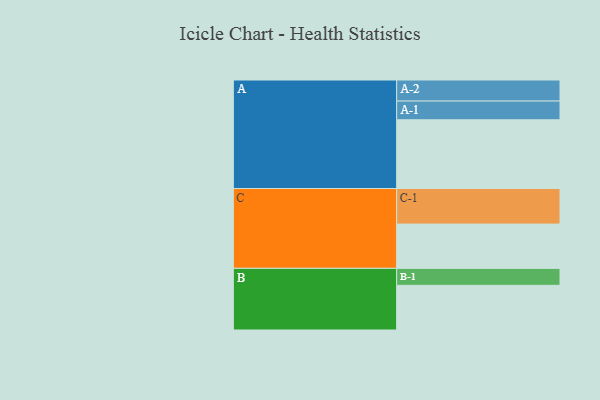
{"axis": {"x": "Segment", "y": "Value"}, "legend": ["", "A", "B", "C"], "data": [{"x": "A", "y": 506, "type": ""}, {"x": "B", "y": 329, "type": ""}, {"x": "C", "y": 326, "type": ""}, {"x": "A-1", "y": 138, "type": "A"}, {"x": "A-2", "y": 155, "type": "A"}, {"x": "B-1", "y": 125, "type": "B"}, {"x": "C-1", "y": 262, "type": "C"}]}